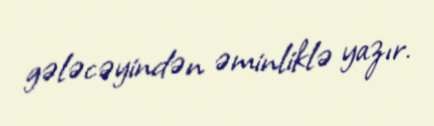
gələcəyindən əminliklə yazır.